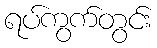
ရပ်ကွက်တွင်း